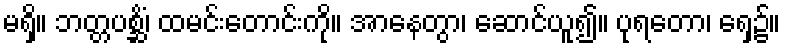
မရှိ။ ဘတ္တပစ္ဆိံ၊ ထမင်းတောင်းကို။ အာနေတွာ၊ ဆောင်ယူ၍။ ပုရတော၊ ရှေ့၌။